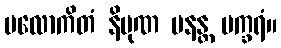
ပလောကိတံ နိပုဏ မနန္တ မက္ခရံ။